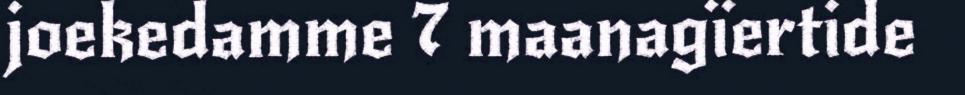
joekedamme 7 maanagïertide